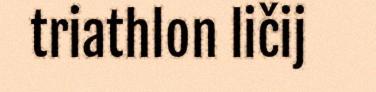
triathlon ličij